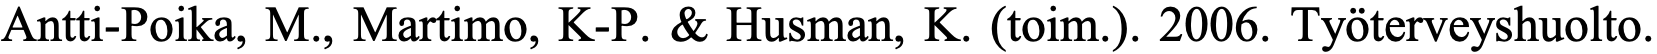
Antti-Poika, M., Martimo, K-P. & Husman, K. (toim.). 2006. Työterveyshuolto.